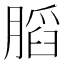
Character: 𰗋